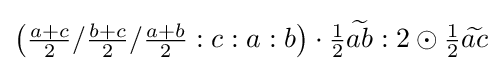
\left({\tfrac {a+c}{2}}/{\tfrac {b+c}{2}}/{\tfrac {a+b}{2}}:c:a:b\right)\cdot {\tfrac {1}{2}}{\widetilde {ab}}:2\odot {\tfrac {1}{2}}{\widetilde {ac}}